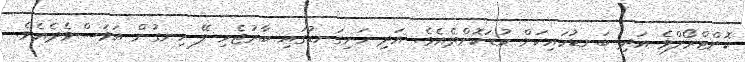
ކޮންޓްރޯލްވެ އަދި ބަނޑުހައިކަން ކުޑަކޮށްދެއެވެ. އަދި ހަށިގަނޑުގައި ބާރުޖެހި ލޭ ހިނގުން އަވަސްވެދެއެވެ.